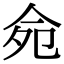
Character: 𠈢